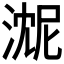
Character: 𬈓